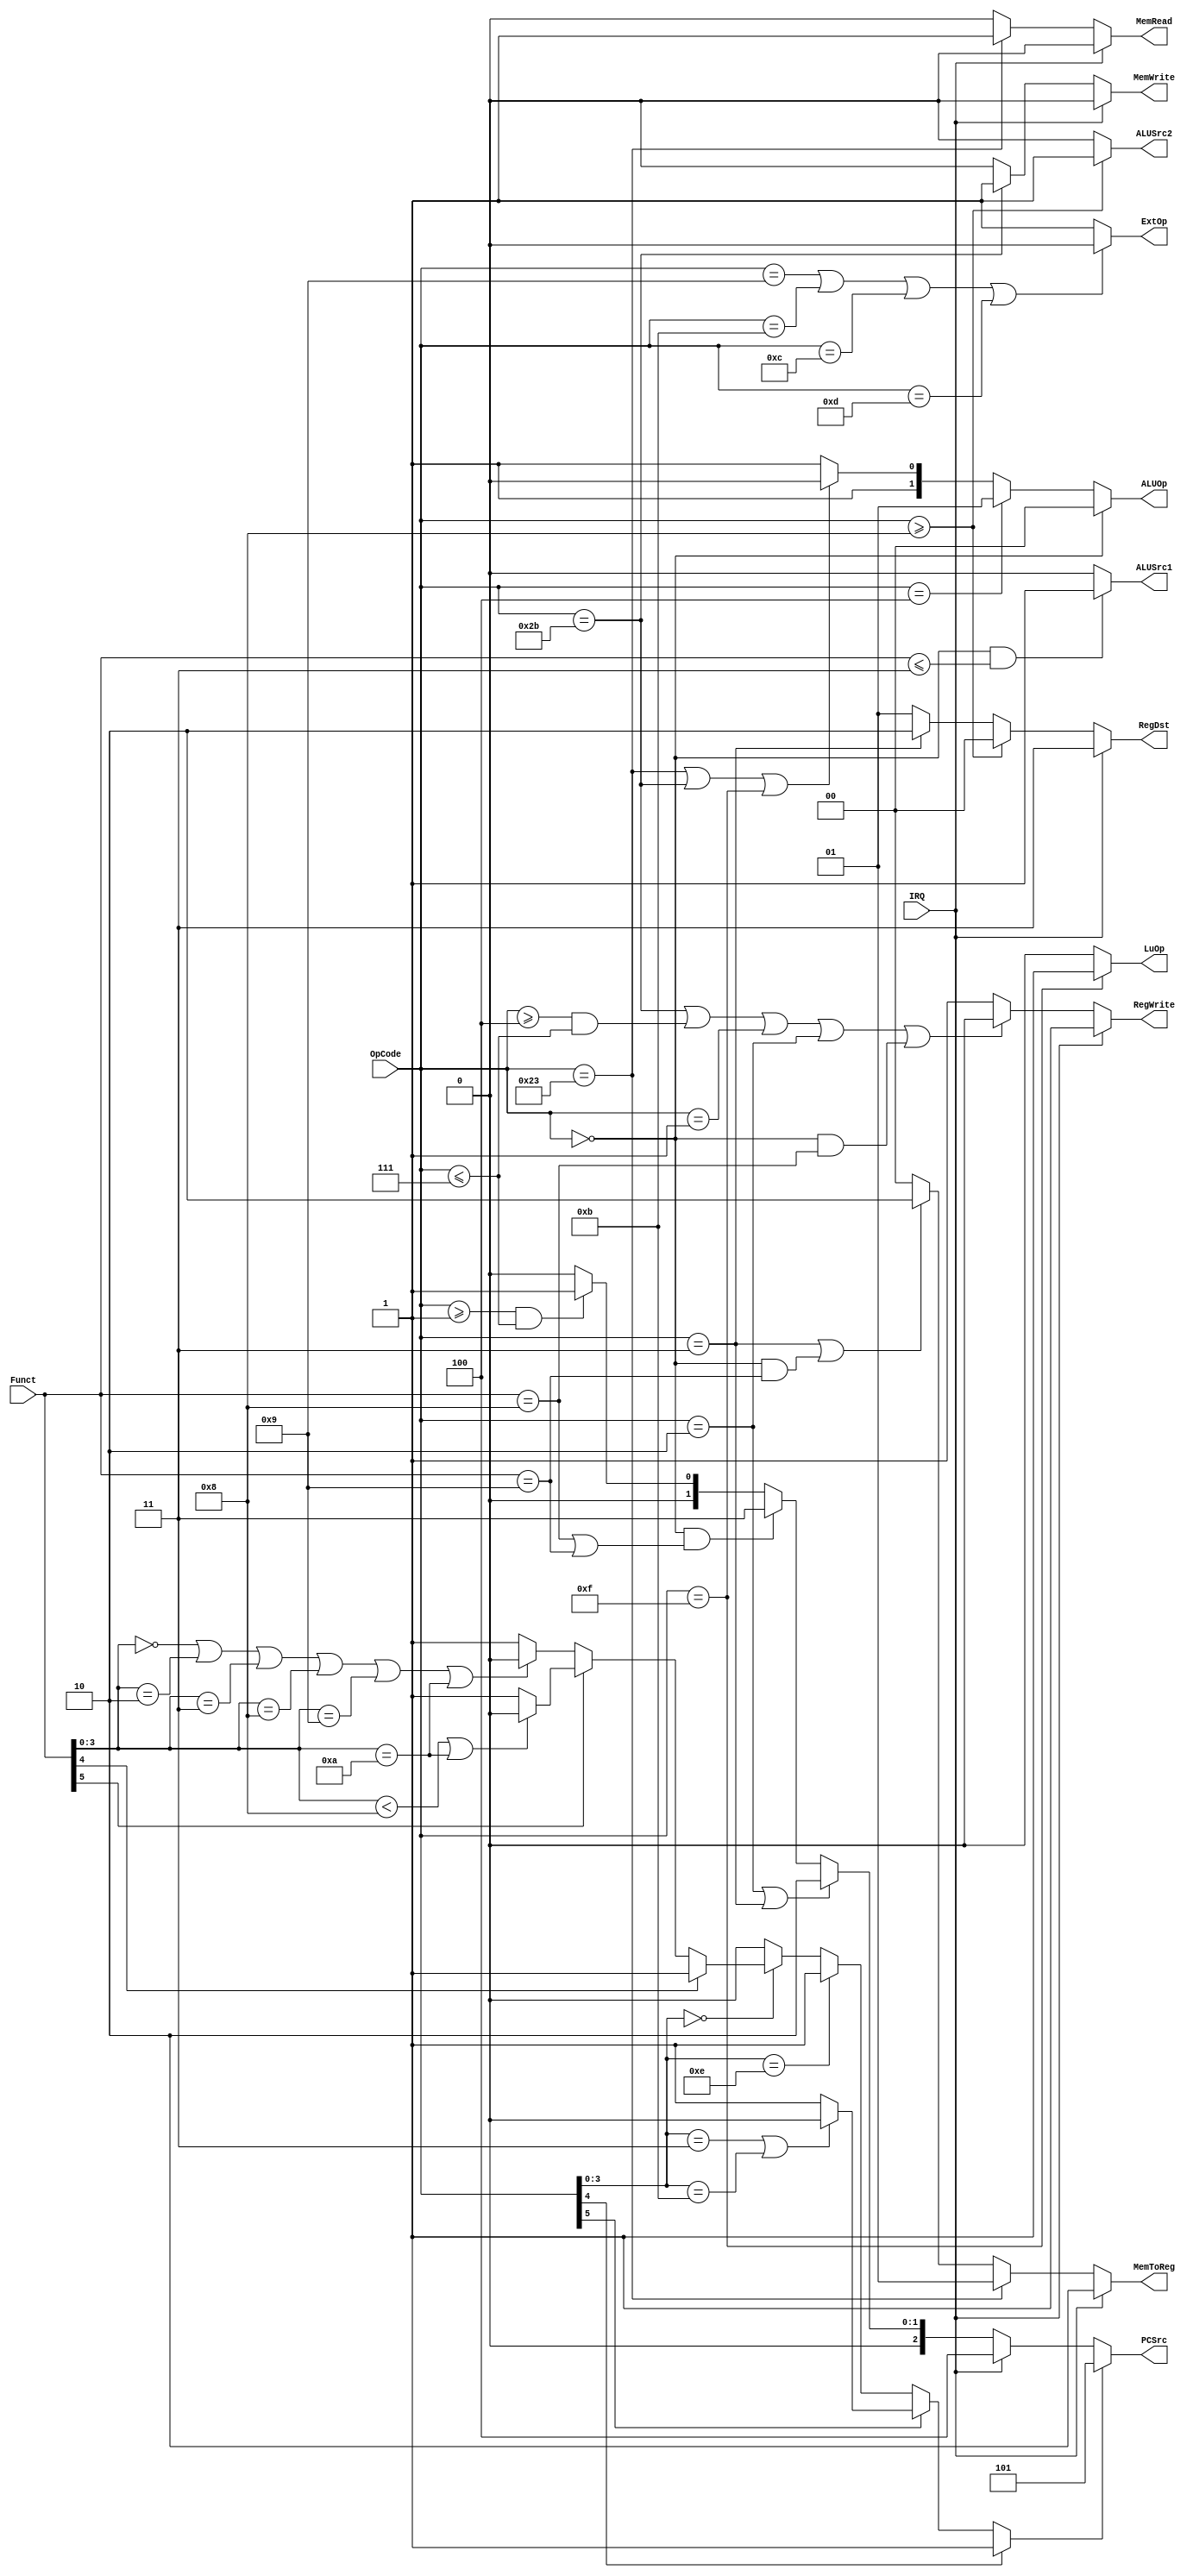
`timescale 1ns/1ps
//2013011076 Wang Han
//Pipeline Cycle Controller
//ORI is added!
//Remove IsJrJal signal; UndefinedInst is not an output now; PCSrc is widened so interrupt and exception can be handled together with PCSrc.
module Controller ( OpCode,
					Funct,
					IRQ,
					PCSrc,
					RegWrite,
					RegDst, 
					MemRead,
					MemWrite,
					MemToReg,
					ALUSrc1,
					ALUSrc2,
					ExtOp,
					LuOp,
					ALUOp);
	input  [5:0] OpCode;
	input  [5:0] Funct;
	input 	IRQ;
	output [2:0] PCSrc;
	output RegWrite;
	output [1:0] RegDst;
	output MemRead;
	output MemWrite;
	output [1:0] MemToReg;
	output ALUSrc1;
	output ALUSrc2;
	output ExtOp;
	output LuOp;
	output [1:0] ALUOp;
	wire UndefinedInst;
	
	assign UndefinedInst =  (OpCode[4]) ? 1'b1 :
							(OpCode[5]) ? ((OpCode[3:0]==4'h3 || OpCode[3:0]==4'hb)?1'b0:1'b1) :
							(OpCode[3:0]==4'he) ? 1'b1 :
							(OpCode[3:0]==4'h0) ? ( (Funct[4]) ? 1'b1 :
													(Funct[5]) ? ((Funct[3:0]<4'h8 || Funct[3:0]==4'ha)?1'b0:1'b1) :
													(Funct[3:0]==4'h0 || Funct[3:0]==4'h2 || Funct[3:0]==4'h3 || Funct[3:0]==4'h8 || Funct[3:0]==4'h9 || Funct[3:0]==4'ha) ? 1'b0 : 1'b1
													) :
							1'b0;
													
	assign PCSrc = (UndefinedInst) ? 3'b101 :
					(IRQ) ? 3'b100 :
					(OpCode == 6'h02 || OpCode == 6'h03) ? 3'b010 :
					(OpCode == 6'h00 && (Funct == 6'h08 || Funct == 6'h09)) ? 3'b011 :
					(OpCode >= 6'h01 && OpCode <= 6'h07) ? 3'b001 :
					3'b000;
		
	assign RegWrite = (IRQ) ? 1'b1 :
			(OpCode == 6'h2b || (OpCode >= 6'h04 && OpCode <= 6'h07) || OpCode == 6'h01 || OpCode == 6'h02 || (OpCode == 6'h00 && Funct == 6'h08)) ? 1'b0 : 1'b1;
			
	assign RegDst = (IRQ) ? 2'b11 :
		(OpCode >= 6'h08) ? 2'b00 :
		(OpCode == 6'h03) ? 2'b10 :
		2'b01;
	
	assign MemRead = (IRQ) ? 1'b0 :
					(OpCode == 6'h23) ? 1'b1 : 1'b0;
	
	assign MemWrite = (IRQ) ? 1'b0 :
					(OpCode == 6'h2b) ? 1'b1 : 1'b0;
	
	assign MemToReg = (IRQ) ? 2'b10 :
		(OpCode == 6'h23) ? 2'b01 :
		(OpCode == 6'h03 || (OpCode == 6'h00 && Funct == 6'h09)) ? 2'b10 :
		2'b00;
		
	assign ALUSrc1 = (OpCode == 6'h00 && Funct <= 6'h03) ? 1'b1 : 1'b0;
	assign ALUSrc2 = (OpCode >= 6'h08) ? 1'b1 : 1'b0;
	
	assign ExtOp = (OpCode == 6'h09 || OpCode == 6'h0b || OpCode == 6'h0c || OpCode == 6'h0d) ? 1'b0 : 1'b1;
	
	assign LuOp = (OpCode == 6'h0f) ? 1'b1 : 1'b0;
	
	assign ALUOp = (OpCode == 6'h00)? 2'b00: 
				(OpCode == 6'h04)? 2'b01: 
				(OpCode == 6'h23 || OpCode == 6'h2b || OpCode == 6'h0f)? 2'b10: 
				2'b11;
		
endmodule